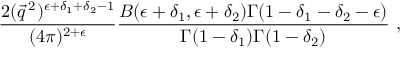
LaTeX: \frac { 2 ( \vec { q } \, ^ { 2 } ) ^ { \epsilon + \delta _ { 1 } + \delta _ { 2 } - 1 } } { ( 4 \pi ) ^ { 2 + \epsilon } } \frac { B ( \epsilon + \delta _ { 1 } , \epsilon + \delta _ { 2 } ) \Gamma ( 1 - \delta _ { 1 } - \delta _ { 2 } - \epsilon ) } { \Gamma ( 1 - \delta _ { 1 } ) \Gamma ( 1 - \delta _ { 2 } ) } ~ ,